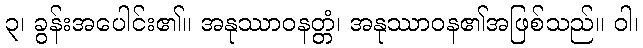
၃၊ ခွန်းအပေါင်း၏။ အနုဿာဝနတ္တံ၊ အနုဿာဝန၏အဖြစ်သည်။ ဝါ၊